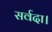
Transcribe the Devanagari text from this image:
सर्वदा।